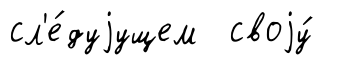
сл'е́дуjущем своjу́